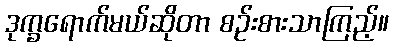
ဒုက္ခရောက်မယ်ဆိုတာ စဉ်းစားသာကြည့်။